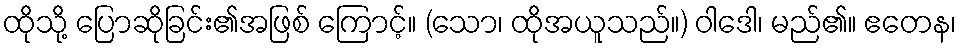
ထိုသို့ ပြောဆိုခြင်း၏အဖြစ် ကြောင့်။ (သော၊ ထိုအယူသည်။) ဝါဒေါ၊ မည်၏။ ဧတေန၊